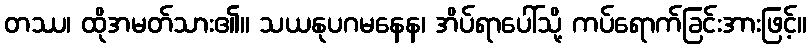
တဿ၊ ထိုအမတ်သား၏။ သယနုပဂမနေန၊ အိပ်ရာပေါ်သို့ ကပ်ရောက်ခြင်းအားဖြင့်။